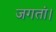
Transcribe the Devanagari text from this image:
जगतां।